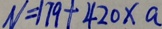
N = 1 7 9 + 4 2 0 \times a